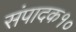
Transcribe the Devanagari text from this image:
संपादक१०